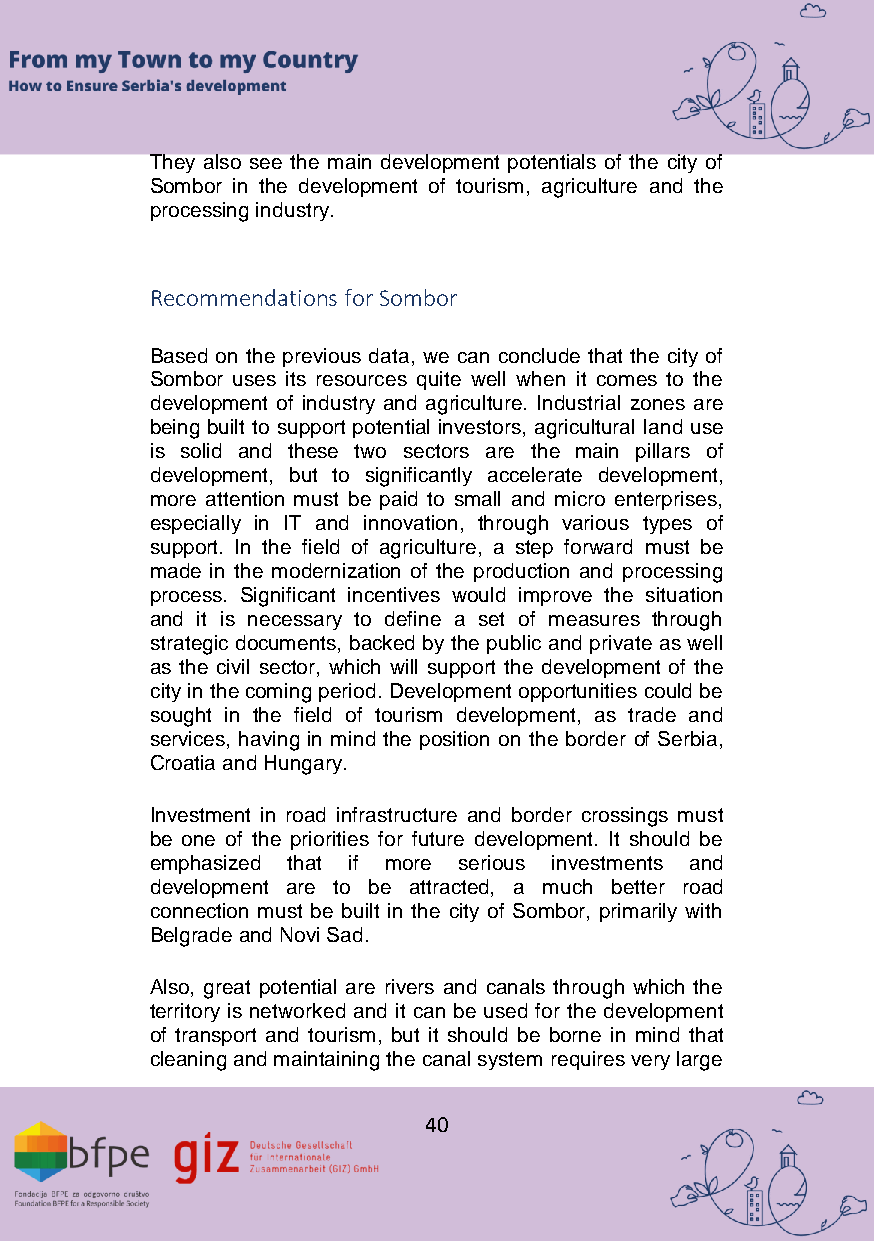
They also see the main development potentials of the city of
 Sombor in the development of tourism, agriculture and the
 processing industry.
 Recommendations for Sombor
 Based on the previous data, we can conclude that the city of
 Sombor uses its resources quite well when it comes to the
 development of industry and agriculture. Industrial zones are
 being built to support potential investors, agricultural land use
 is solid and these two sectors are the main pillars of
 development, but to significantly accelerate development,
 more attention must be paid to small and micro enterprises,
 especially in IT and innovation, through various types of
 support. In the field of agriculture, a step forward must be
 made in the modernization of the production and processing
 process. Significant incentives would improve the situation
 and it is necessary to define a set of measures through
 strategic documents, backed by the public and private as well
 as the civil sector, which will support the development of the
 city in the coming period. Development opportunities could be
 sought in the field of tourism development, as trade and
 services, having in mind the position on the border of Serbia,
 Croatia and Hungary.
 Investment in road infrastructure and border crossings must
 be one of the priorities for future development. It should be
 emphasized that if more serious investments and
 development are to be attracted, a much better road
 connection must be built in the city of Sombor, primarily with
 Belgrade and Novi Sad.
 Also, great potential are rivers and canals through which the
 territory is networked and it can be used for the development
 of transport and tourism, but it should be borne in mind that
 cleaning and maintaining the canal system requires very large
 40